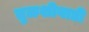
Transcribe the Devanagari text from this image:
तुळशीवाडी